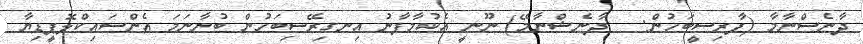
ދާނެސްނާމާ (ފާރިސީބަހުން:   ދާނެޝްނާމޭ) ނޫނީ އެކުމާފާނު އިނގިރޭސިބަހުން ބުނާނަމަ އެންސައިކްލޮޕީޑިޔާ